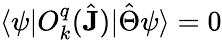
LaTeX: \langle\psi|O_{k}^{q}(\hat{\mathbf{J}})|\hat{\Theta}\psi\rangle=0